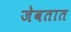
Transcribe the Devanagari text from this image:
जेवतात